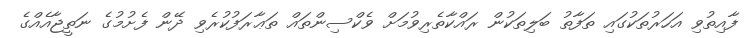
ފާއިތުވި އަހަރުތަކުގައި ތަފާތު ބަލިތަކުން ރައްކާތެރިވުމަށް ވެކްސިންތައް ތަޢާރަފުކުރެވި ދޭން ފެށުމުގެ ނަތީޖާއެއްގެ